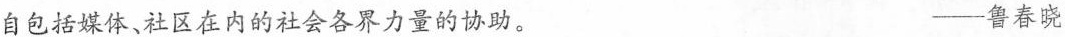
自包括媒体、社区在内的社会各界力量的协助。 ——鲁春晓